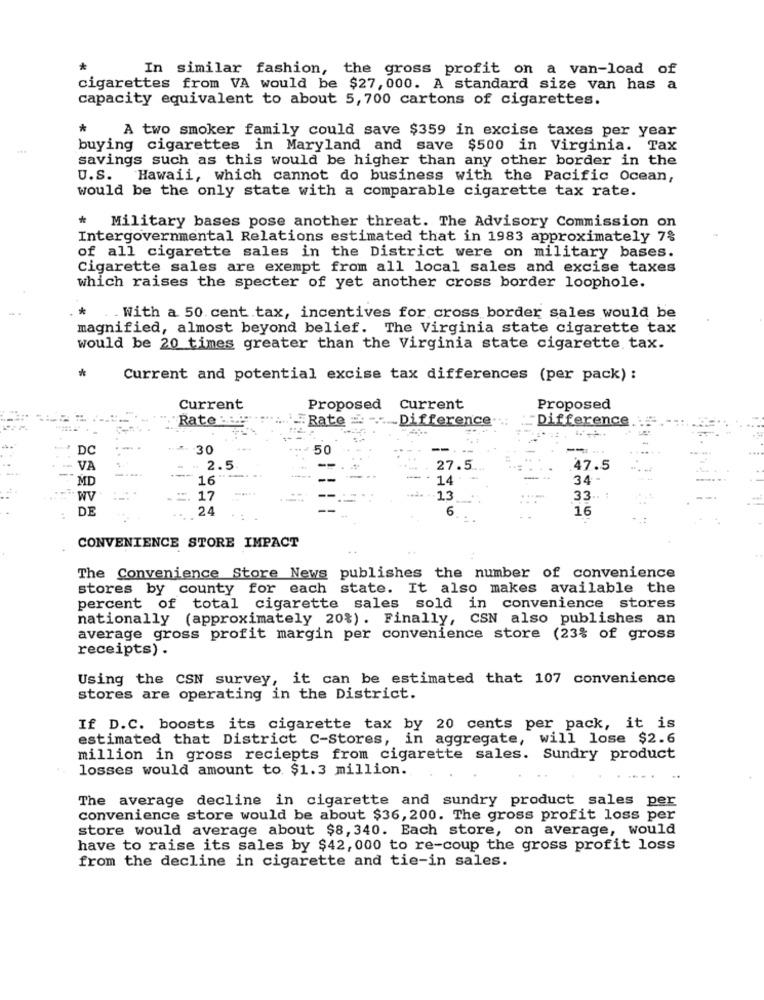
In similar fashion, the gross profit on a van-load of
cigarettes from VA would be $27, 000. A standard size van has a
capacity equivalent to about 5,700 cartons of cigarettes.
*
A two smoker family could save $359 in excise taxes per year
buying cigarettes in Maryland and save $500 in Virginia. Tax
savings such as this would be higher than any other border in the
U.S. Hawaii, which cannot do business with the Pacific Ocean,
would be the only state with a comparable cigarette tax rate.
* Military bases pose another threat. The Advisory Commission on
Intergovernmental Relations estimated that in 1983 approximately 7%
of all cigarette sales in the District were on military bases.
Cigarette sales are exempt from all local sales and excise taxes
which raises the specter of yet another cross border loophole.
...
*
. With a 50 cent tax, incentives for cross border sales would be
magnified, almost beyond belief. The Virginia state cigarette tax
would be 20 times greater than the Virginia state cigarette tax.
*
Current and potential excise tax differences (per pack) :
Current
Proposed
Current
Proposed
"Rate ::::
.Rate=
Difference.
Difference
DC
30
50
VA
......
- 2.5
27.5
47.5
MD
16'
14
34
WV
17
13
33.
DE
24
6
16
CONVENIENCE STORE IMPACT
The Convenience Store News publishes the number of convenience
stores by county for each state. It also makes available the
percent of total cigarette sales sold in convenience stores
nationally (approximately 20%). Finally, CSN also publishes an
average gross profit margin per convenience store (23% of gross
receipts) .
Using the CSN survey, it can be estimated that 107 convenience
stores are operating in the District.
If D.C. boosts its cigarette tax by 20 cents per pack, it is
estimated that District C-Stores, in aggregate, will lose $2.6
million in gross reciepts from cigarette sales. Sundry product
losses would amount to. $1.3 million.
The average decline in cigarette and sundry product sales per
convenience store would be about $36, 200. The gross profit loss per
store would average about $8, 340. Each store, on average, would
have to raise its sales by $42, 000 to re-coup the gross profit loss
from the decline in cigarette and tie-in sales.